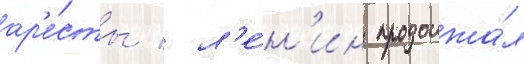
ар'е́сты / л'е́н'ин продолжа́л